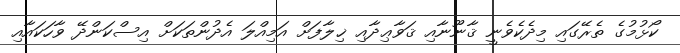
ކޯޅުމުގެ ތެރޭގައި މިދެކެވެނީ ޤާނޫނާއި ޤަވާޢިދާއި ޚިލާފަށް އަމިއްލަ އެދުންތަކަށް އިސްކަންދޭ ވާހަކައާއި